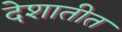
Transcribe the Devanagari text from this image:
देशातीत